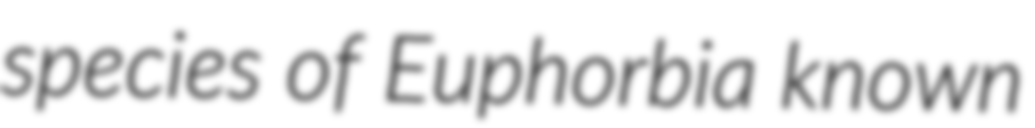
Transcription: species of Euphorbia known